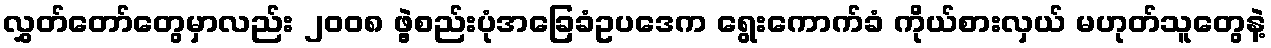
လွှတ်တော်တွေမှာလည်း ၂၀၀၈ ဖွဲ့စည်းပုံအခြေခံဥပဒေက ရွေးကောက်ခံ ကိုယ်စားလှယ် မဟုတ်သူတွေနဲ့